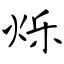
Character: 烁